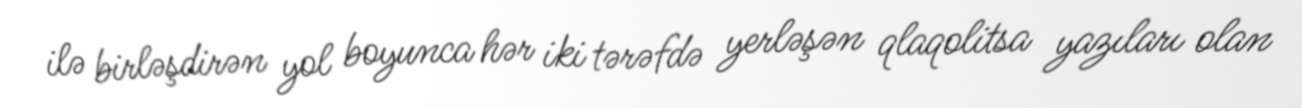
ilə birləşdirən yol boyunca hər iki tərəfdə yerləşən qlaqolitsa yazıları olan